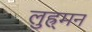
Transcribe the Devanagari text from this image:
लुह्र्मन